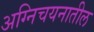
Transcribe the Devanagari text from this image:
अग्निचयनातील